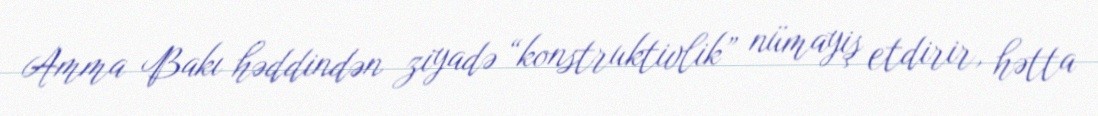
Amma Bakı həddindən ziyadə “konstruktivlik” nümayiş etdirir, hətta